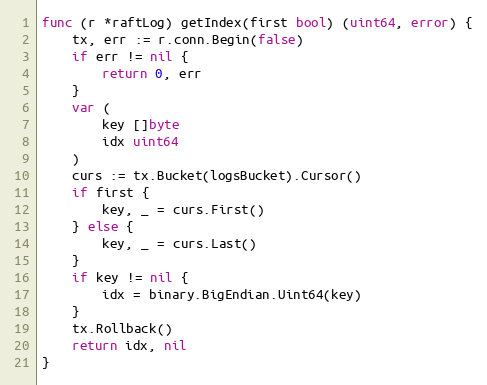
Language: Go
func (r *raftLog) getIndex(first bool) (uint64, error) {
	tx, err := r.conn.Begin(false)
	if err != nil {
		return 0, err
	}
	var (
		key []byte
		idx uint64
	)
	curs := tx.Bucket(logsBucket).Cursor()
	if first {
		key, _ = curs.First()
	} else {
		key, _ = curs.Last()
	}
	if key != nil {
		idx = binary.BigEndian.Uint64(key)
	}
	tx.Rollback()
	return idx, nil
}